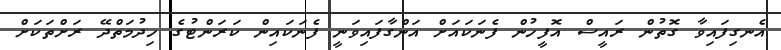
އެނގިފައިވާ ގޮތުން ރައީސް އޮފީހުން ފެނަކައަށް އަންގާފައިވަނީ ފެނަކައިން ކަރަންޓުގެ ހިދުމަތްދޭ ރަށްތަކަށް